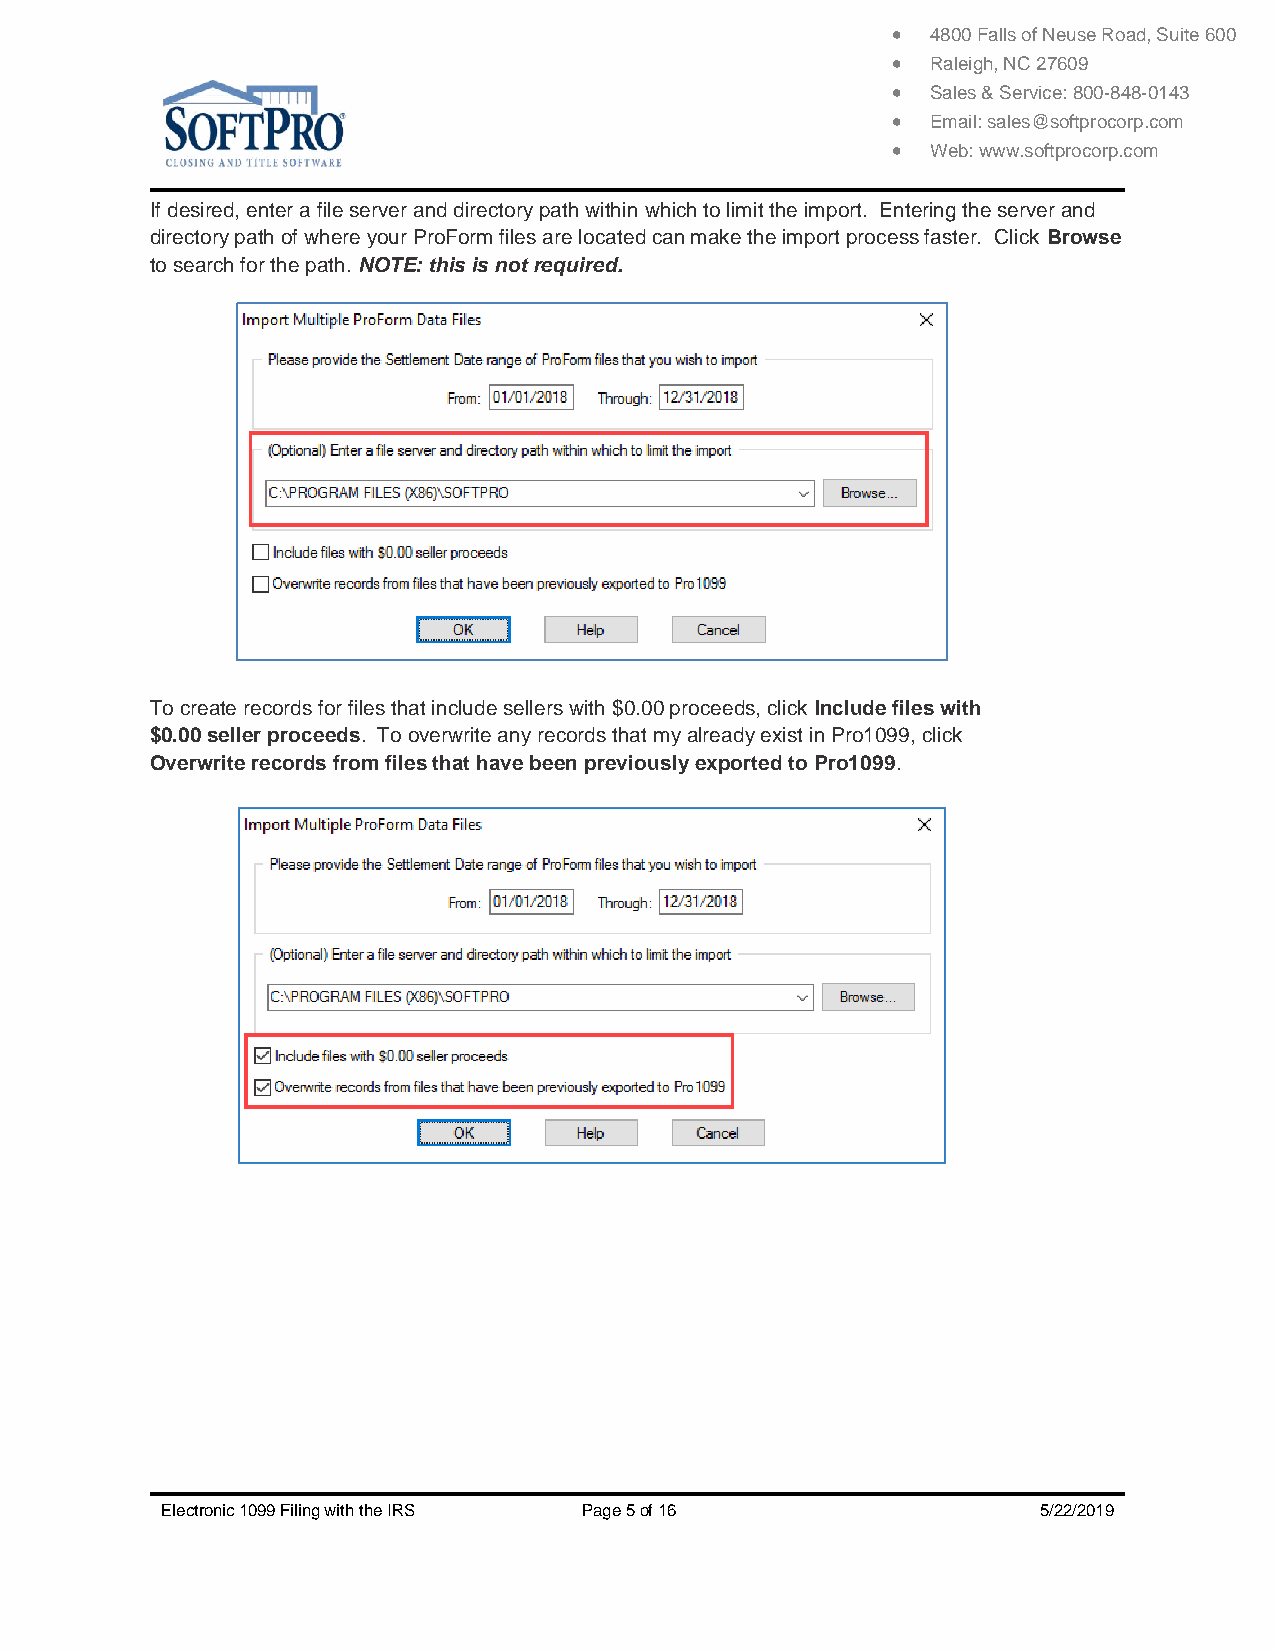
  4800 Falls of Neuse Road, Suite 600
   Raleigh, NC 27609
   Sales & Service: 800-848-0143
   Email: sales@softprocorp.com
   Web: www.softprocorp.com
 If desired, enter a file server and directory path within which to limit the import. Entering the server and
 directory path of where your ProForm files are located can make the import process faster. Click Browse
 to search for the path. NOTE: this is not required.
 To create records for files that include sellers with $0.00 proceeds, click Include files with
 $0.00 seller proceeds. To overwrite any records that my already exist in Pro1099, click
 Overwrite records from files that have been previously exported to Pro1099.
 Electronic 1099 Filing with the IRS Page 5 of 16          5/22/2019